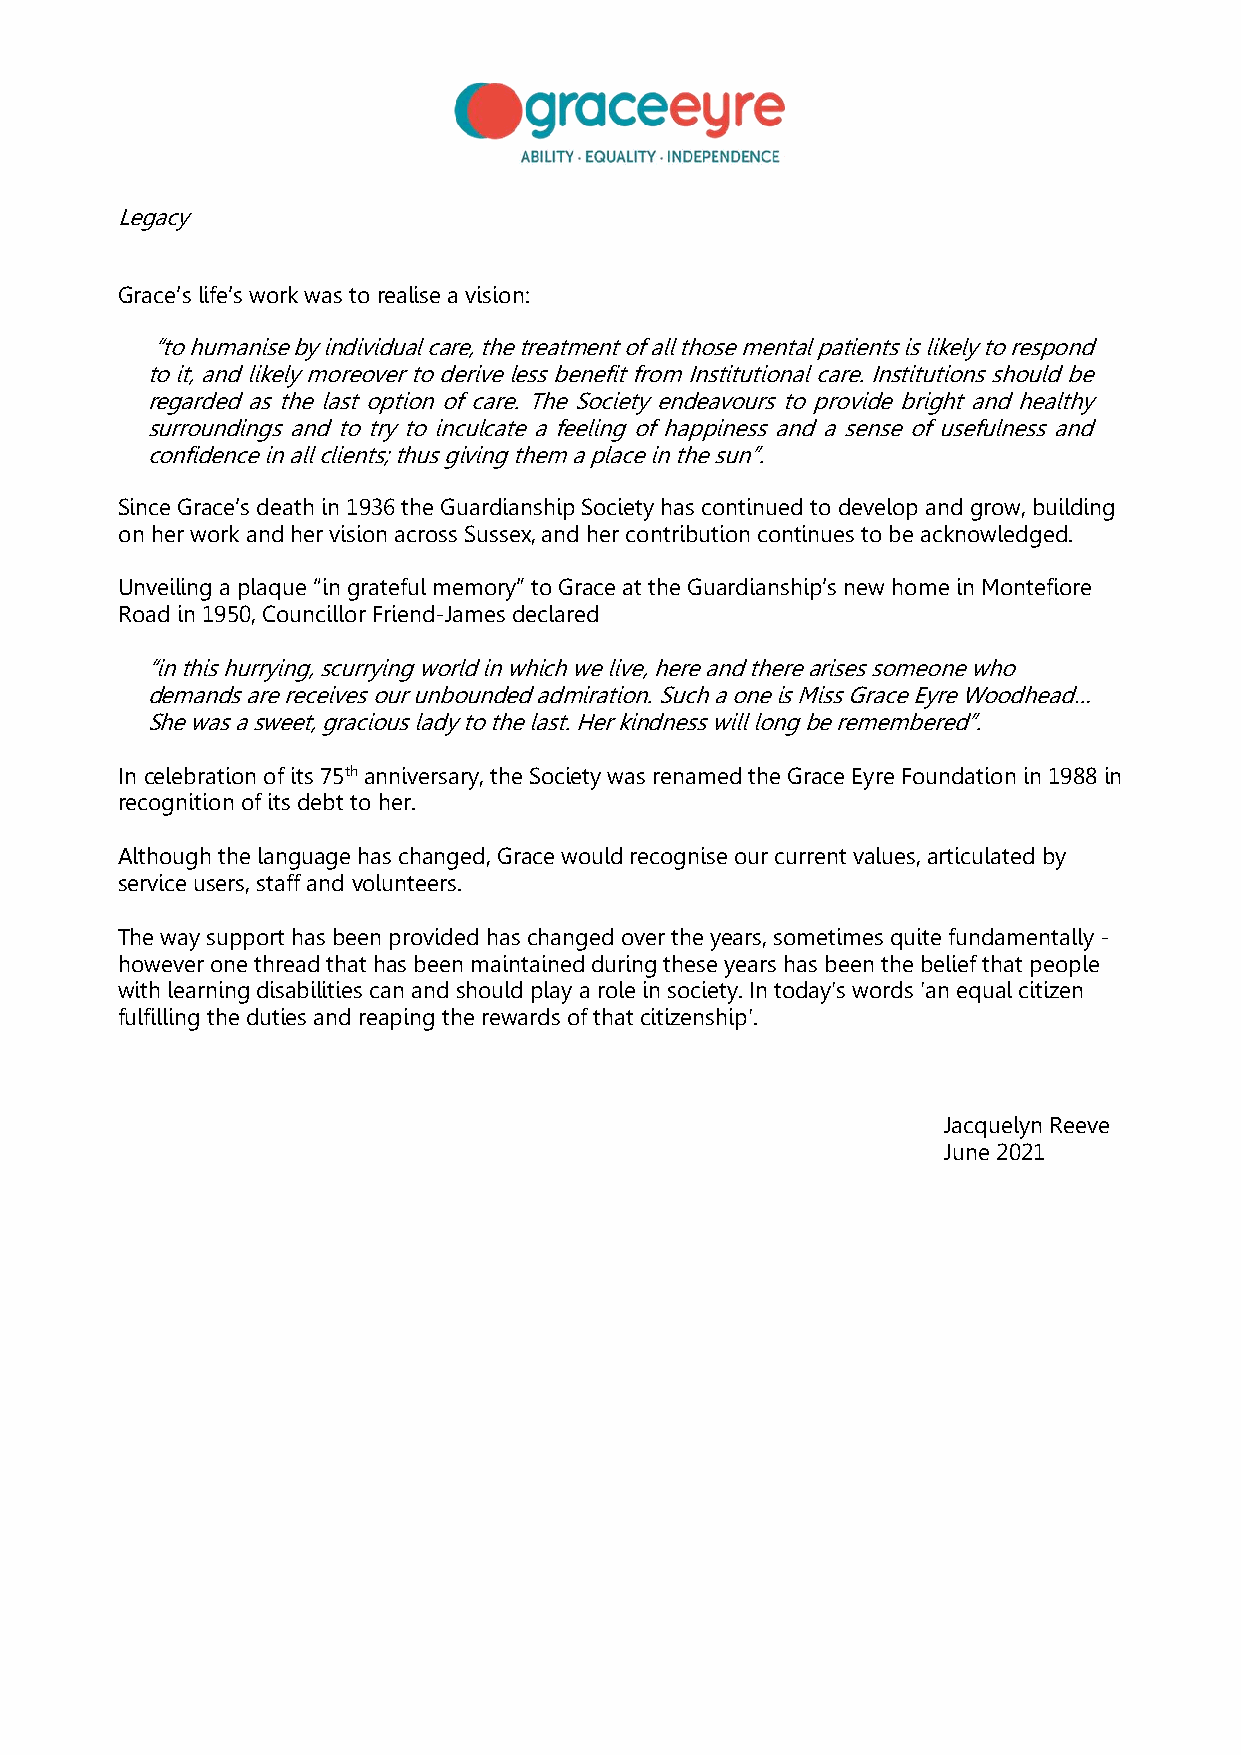
Legacy
 Grace’s life’s work was to realise a vision:
 “to humanise by individual care, the treatment of all those mental patients is likely to respond
 to it, and likely moreover to derive less benefit from Institutional care. Institutions should be
 regarded as the last option of care. The Society endeavours to provide bright and healthy
 surroundings and to try to inculcate a feeling of happiness and a sense of usefulness and
 confidence in all clients; thus giving them a place in the sun”.
 Since Grace’s death in 1936 the Guardianship Society has continued to develop and grow, building
 on her work and her vision across Sussex, and her contribution continues to be acknowledged.
 Unveiling a plaque “in grateful memory” to Grace at the Guardianship’s new home in Montefiore
 Road in 1950, Councillor Friend-James declared
 “in this hurrying, scurrying world in which we live, here and there arises someone who
 demands are receives our unbounded admiration. Such a one is Miss Grace Eyre Woodhead…
 She was a sweet, gracious lady to the last. Her kindness will long be remembered”.
 In celebration of its 75th anniversary, the Society was renamed the Grace Eyre Foundation in 1988 in
 recognition of its debt to her.
 Although the language has changed, Grace would recognise our current values, articulated by
 service users, staff and volunteers.
 The way support has been provided has changed over the years, sometimes quite fundamentally -
 however one thread that has been maintained during these years has been the belief that people
 with learning disabilities can and should play a role in society. In today's words 'an equal citizen
 fulfilling the duties and reaping the rewards of that citizenship'.
 Jacquelyn Reeve
 June 2021